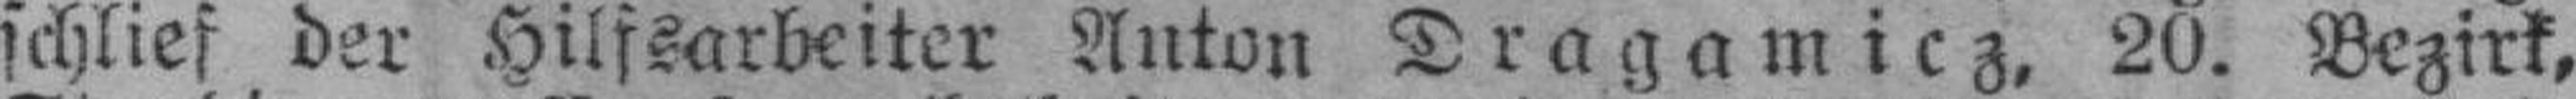
schlief der Hilfsarbeiter Anton Dragamicz, 20. Bezirk,